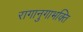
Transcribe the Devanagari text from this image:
रागानुगाभक्ति